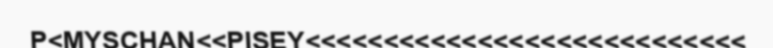
P<MYSCHAN<<PISEY<<<<<<<<<<<<<<<<<<<<<<<<<<<<